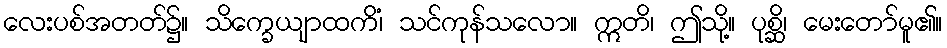
လေးပစ်အတတ်၌။ သိက္ခေယျာထကိံ၊ သင်ကုန်သလော။ ဣတိ၊ ဤသို့။ ပုစ္ဆိ၊ မေးတော်မူ၏။